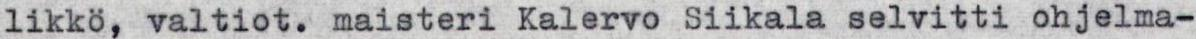
likkö, valtiot. maisteri Kalervo Siikala selvitti ohjelma-